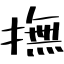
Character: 撫